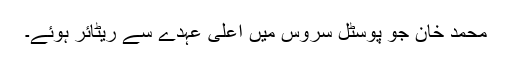
محمد خان جو پوسٹل سروس میں اعلیٰ عہدے سے ریٹائر ہوئے۔